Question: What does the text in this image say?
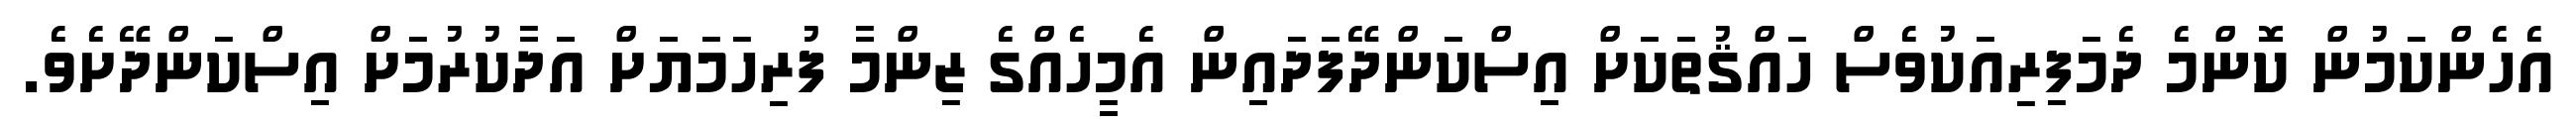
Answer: އެހެންކަމުން ކޮންމެ ދެމަފިރިއަކުވެސް ހައްޤުތަކަށް އިސްކަންދޭފަދައިން އެމީހެއްގެ ޒިންމާ ފުރިހަމަޔަށް އަދާކުރުމަށް އިސްކަންދޭށެވެ.